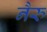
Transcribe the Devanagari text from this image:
नैरु